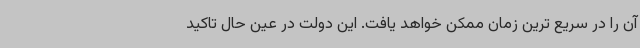
آن را در سریع ترین زمان ممکن خواهد یافت. این دولت در عین حال تاکید